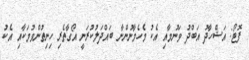
ފޮޓޯ: އަޝްހާދު އަބްދު ވަނުމާއި އެކު މެހެމާނުންނާ ބައްދަލުކުރަނީ އޯގާތެރި ހިނިތުންވުމަކާއި އެކު